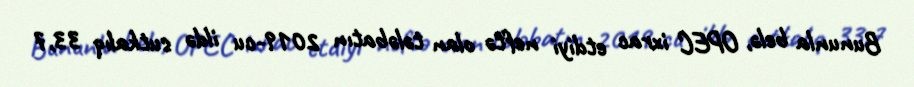
Bununla belə, OPEC ixrac etdiyi neftə olan tələbatın 2019-cu ildə sutkalıq 33,7